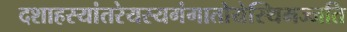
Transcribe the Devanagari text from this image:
दशाहस्यांतरेयस्यगंगातोयेस्थिमज्जति